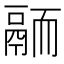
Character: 𩰴